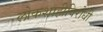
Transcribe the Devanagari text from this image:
लोकशाहीविरोधी